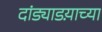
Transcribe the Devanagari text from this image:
दांड्याडय़ाच्या